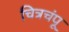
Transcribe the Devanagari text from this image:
चित्रचंपू